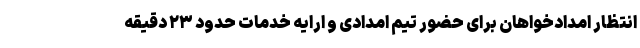
انتظار امدادخواهان برای حضور تیم امدادی و ارایه خدمات حدود ۲۳ دقیقه